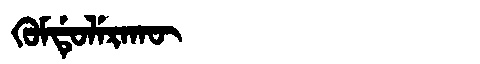
Manchu: ᡴᡠᠮᡩᡠᠯᡝᡵᠠᡴᡡ
Romanization: KUMDULERAKŪ